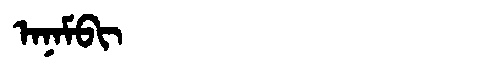
Manchu: ᠠᠨᠠᠮᠪᡳ
Romanization: ANAMBI